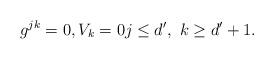
LaTeX: \begin{align*}g^{jk}=0,V_k=0j\le d',\ k\ge d'+1.\end{align*}